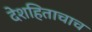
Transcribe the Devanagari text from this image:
देशहिताचाच